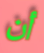
أن